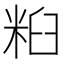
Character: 𱹀